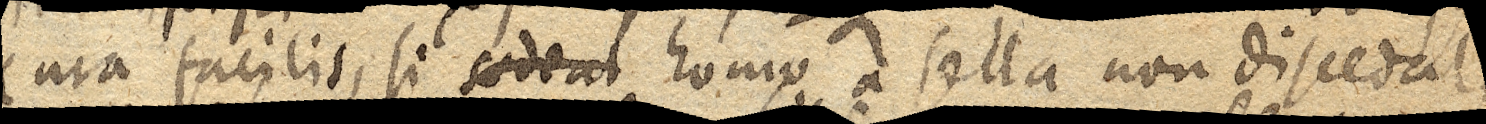
Cura facilis, si sedeat homo a sella non discedat,